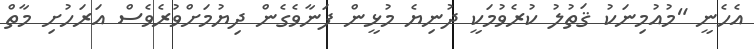
އެހެނީ "މުއުމިނަކު ޤަތުލު ކުރެވުމަކީ ދުނިޔެ މުޅީން ފަނާވެގެން ދިޔުމަށްވުރެވެސް އަރަހުށި މާތް